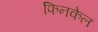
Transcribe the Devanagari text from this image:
फिनकेल